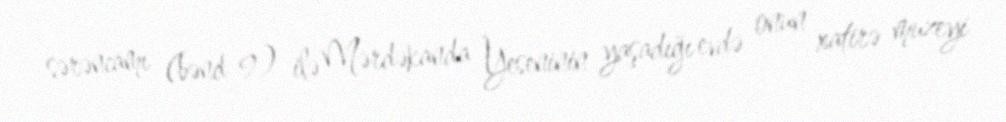
sərəncamı (bənd 9) ilə Mərdəkanda Yeseninin yaşadığı evdə onun xatirə muzeyi